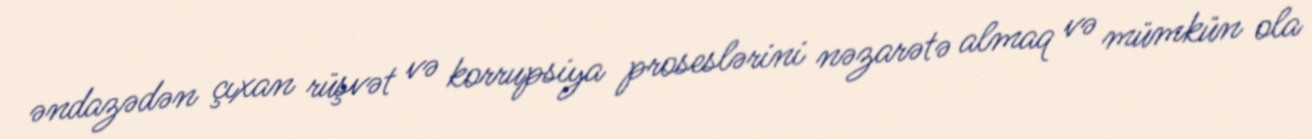
əndazədən çıxan rüşvət və korrupsiya proseslərini nəzarətə almaq və mümkün ola